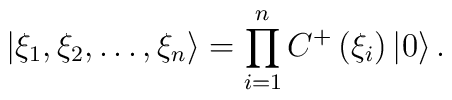
\left| \xi _{1},\xi _{2},\ldots ,\xi _{n}\right\rangle=\prod_{i=1}^{n}C^{+}\left( \xi _{i}\right) \left| 0\right\rangle .